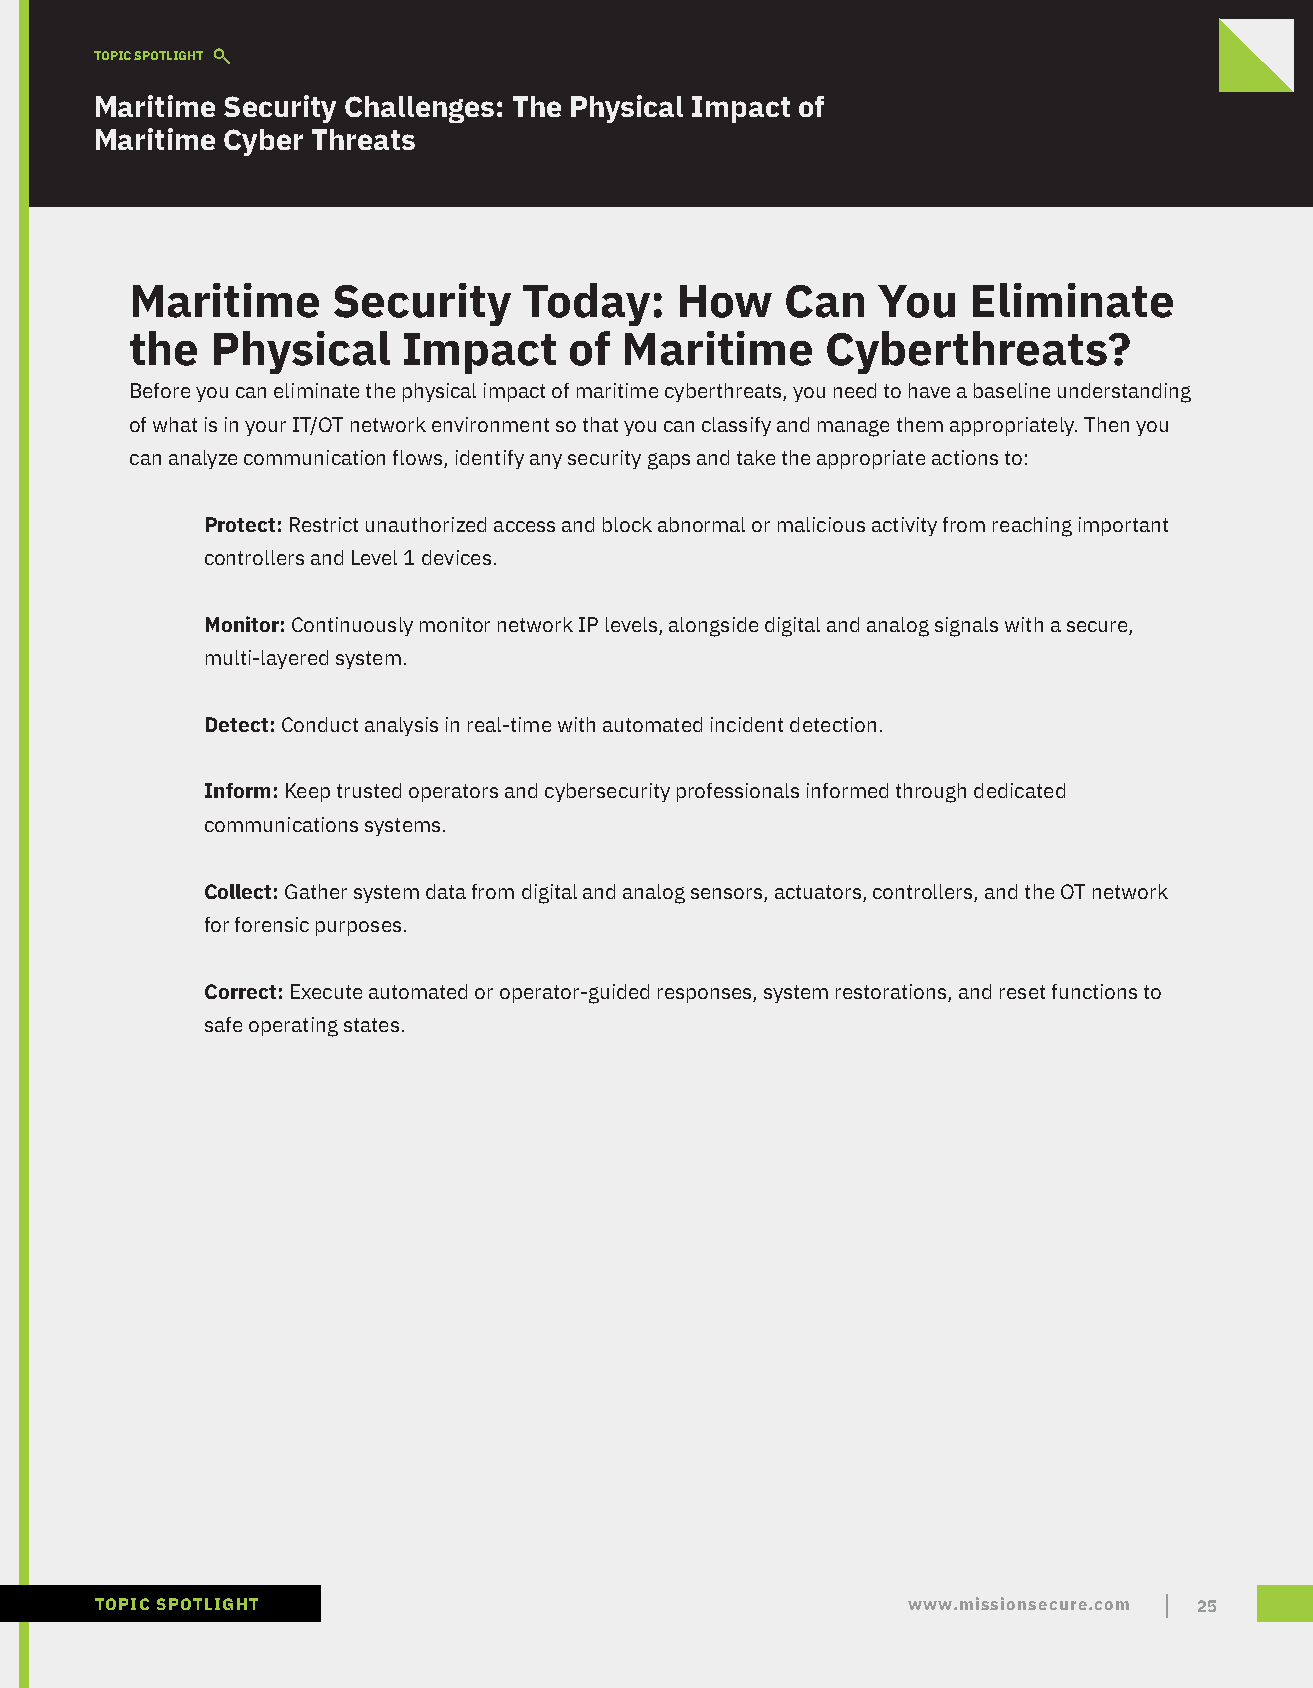
TOPIC SPOTLIGHT
 Maritime Security Challenges: The Physical Impact of
 Maritime Cyber Threats
 Maritime     Security     Today:    How    Can   You   Eliminate
 the  Physical     Impact     of Maritime      Cyberthreats?
 Before you can eliminate the physical impact of maritime cyberthreats, you need to have a baseline understanding
 of what is in your IT/OT network environment so that you can classify and manage them appropriately. Then you
 can analyze communication flows, identify any security gaps and take the appropriate actions to:
 Protect: Restrict unauthorized access and block abnormal or malicious activity from reaching important
 controllers and Level 1 devices.
 Monitor: Continuously monitor network IP levels, alongside digital and analog signals with a secure,
 multi-layered system.
 Detect: Conduct analysis in real-time with automated incident detection.
 Inform: Keep trusted operators and cybersecurity professionals informed through dedicated
 communications systems.
 Collect: Gather system data from digital and analog sensors, actuators, controllers, and the OT network
 for forensic purposes.
 Correct: Execute automated or operator-guided responses, system restorations, and reset functions to
 safe operating states.
 TOPIC SPOTLIGHT                                       www.missionsecure.com 25